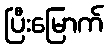
ပြီးမြောက်